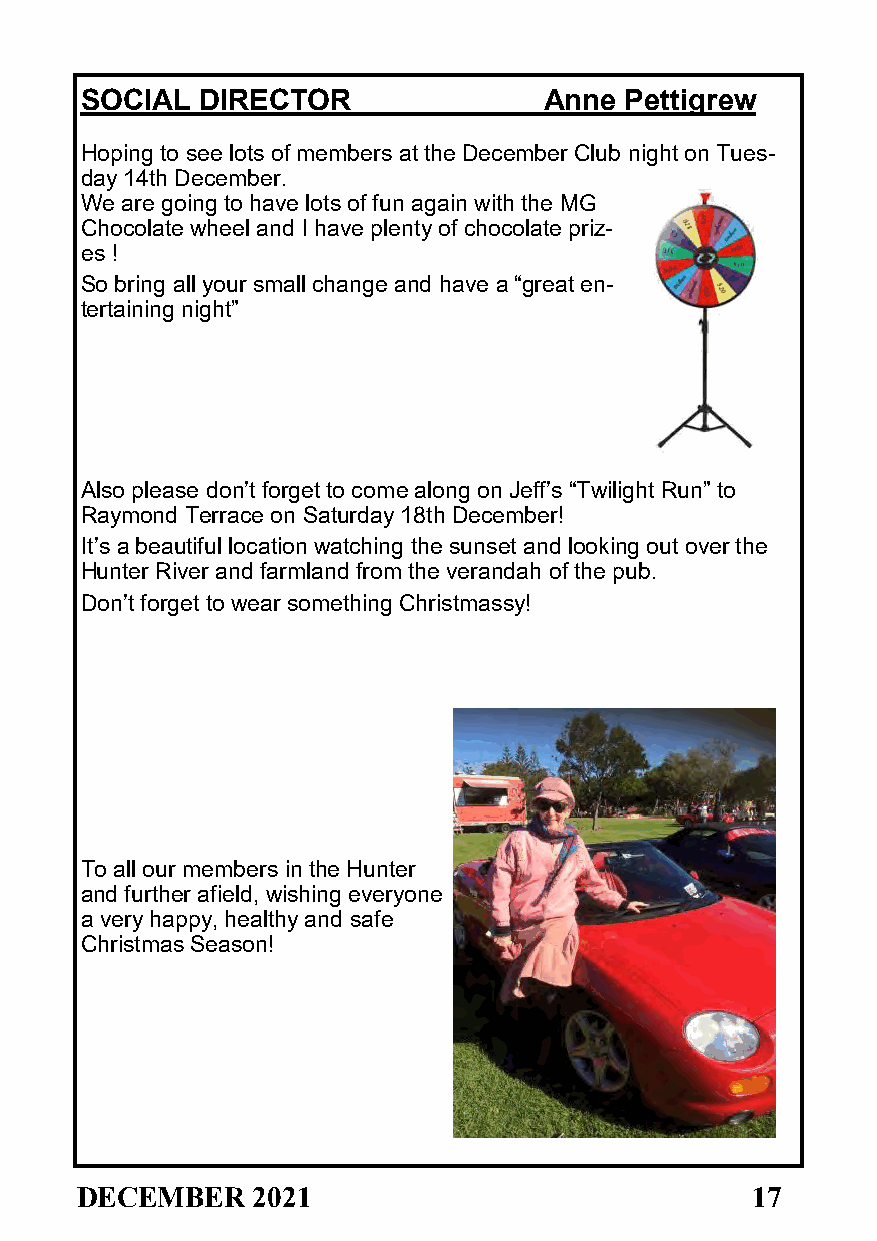
SOCIAL  DIRECTOR               Anne Pettigrew
 Hoping to see lots of members at the December Club night on Tues-
 day 14th December.
 We are going to have lots of fun again with the MG
 Chocolate wheel and I have plenty of chocolate priz-
 es !
 So bring all your small change and have a “great en-
 tertaining night”
 Also please don’t forget to come along on Jeff’s “Twilight Run” to
 Raymond Terrace on Saturday 18th December!
 It’s a beautiful location watching the sunset and looking out over the
 Hunter River and farmland from the verandah of the pub.
 Don’t forget to wear something Christmassy!
 To all our members in the Hunter
 and further afield, wishing everyone
 a very happy, healthy and safe
 Christmas Season!
 DECEMBER    2021                             17